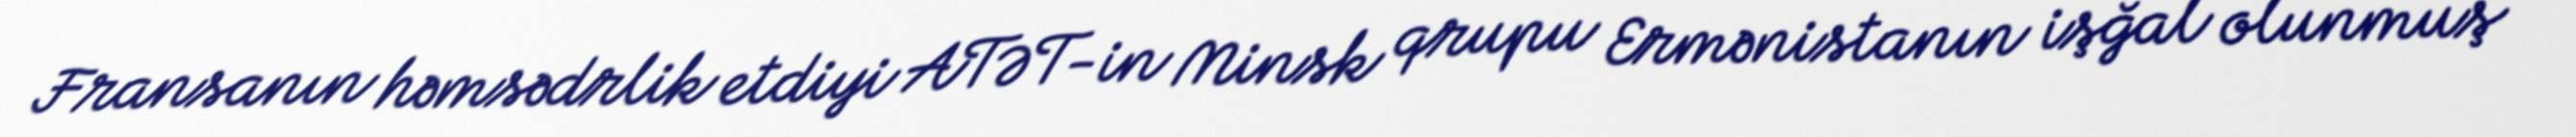
Fransanın həmsədrlik etdiyi ATƏT-in Minsk qrupu Ermənistanın işğal olunmuş